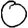
Digit: 0